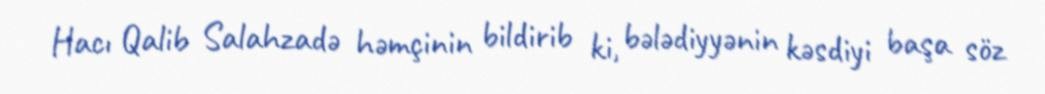
Hacı Qalib Salahzadə həmçinin bildirib ki, bələdiyyənin kəsdiyi başa söz